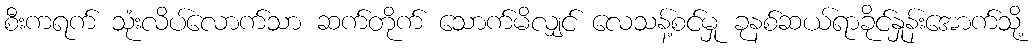
စီးကရက် သုံးလိပ်လောက်သာ ဆက်တိုက် သောက်မိလျှင် လေသန့်စင်မှု ခုနစ်ဆယ်ရာခိုင်နှုန်းအောက်သို့